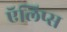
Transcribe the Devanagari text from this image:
ऍलिप्स